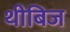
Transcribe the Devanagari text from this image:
थीबिज